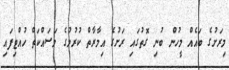
މިރަށުގެ ބައެއް މީހުން ބުނި ގޮތުގައި ރަށުގެ އިމާރާތް ކުރުމުގެ މަސައްކަތް ހުއްޓިފައި